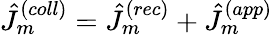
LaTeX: \hat{J}_{m}^{(coll)}=\hat{J}_{m}^{(rec)}+\hat{J}_{m}^{(app)}